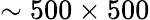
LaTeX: \sim 500\times 500